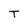
Character: T